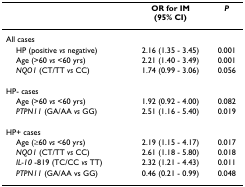
<table><thead><tr><td></td><td><b>OR for IM(95% CI)</b></td><td><b><i>P</i></b></td></tr></thead><tbody><tr><td>All cases</td><td></td><td></td></tr><tr><td> HP (positive <i>vs </i>negative)</td><td>2.16 (1.35 - 3.45)</td><td>0.001</td></tr><tr><td> Age (&gt;60 <i>vs </i>&lt;60 yrs)</td><td>2.21 (1.40 - 3.49)</td><td>0.001</td></tr><tr><td> <i>NQO1 </i>(CT/TT <i>vs </i>CC)</td><td>1.74 (0.99 - 3.06)</td><td>0.056</td></tr><tr><td>HP- cases</td><td></td><td></td></tr><tr><td> Age (&gt;60 <i>vs </i>&lt;60 yrs)</td><td>1.92 (0.92 - 4.00)</td><td>0.082</td></tr><tr><td> <i>PTPN11 </i>(GA/AA <i>vs </i>GG)</td><td>2.51 (1.16 - 5.40)</td><td>0.019</td></tr><tr><td>HP+ cases</td><td></td><td></td></tr><tr><td> Age (≥60 <i>vs </i>&lt;60 yrs)</td><td>2.19 (1.15 - 4.17)</td><td>0.017</td></tr><tr><td> <i>NQO1 </i>(CT/TT <i>vs </i>CC)</td><td>2.61 (1.18 - 5.80)</td><td>0.018</td></tr><tr><td> <i>IL-10 </i>-819 (TC/CC <i>vs </i>TT)</td><td>2.32 (1.21 - 4.43)</td><td>0.011</td></tr><tr><td> <i>PTPN11 </i>(GA/AA vs GG)</td><td>0.46 (0.21 - 0.99)</td><td>0.048</td></tr></tbody></table>